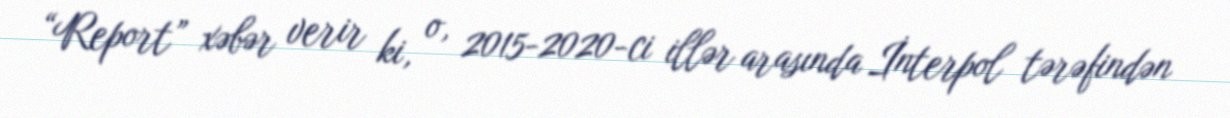
“Report” xəbər verir ki, o, 2015-2020-ci illər arasında İnterpol tərəfindən